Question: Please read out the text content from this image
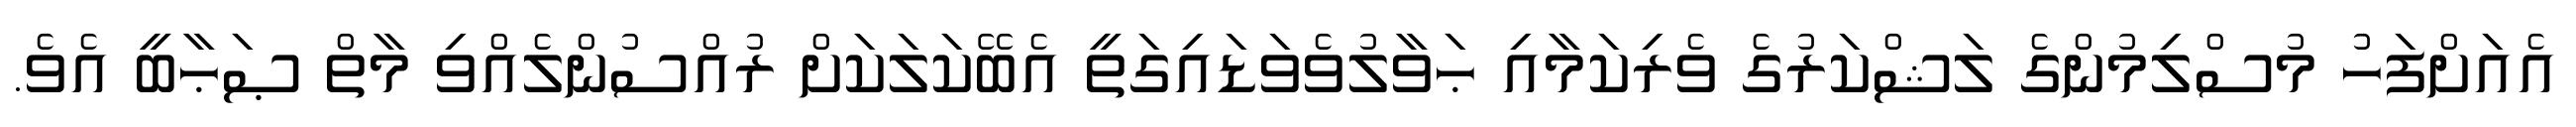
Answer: އެއަށްފަހު މުސްލިމުންގެ ލަޝްކަރުގެ ވެރިކަމާއި ޙަވާލުވެވަޑައިގަތީ އެބޭކަލަކަށް ރުއްސުންލެއްވި މާތް ޞަޙާބީ އެވެ.